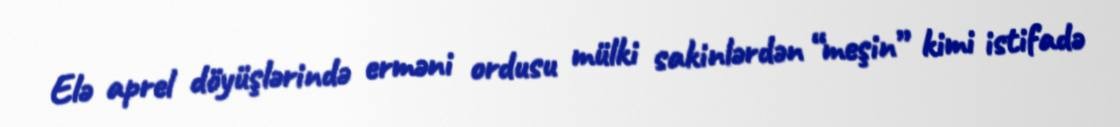
Elə aprel döyüşlərində erməni ordusu mülki sakinlərdən “meşin” kimi istifadə